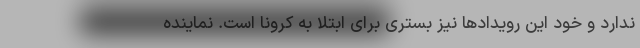
ندارد و خود این رویدادها نیز بستری برای ابتلا به کرونا است. نماینده